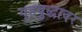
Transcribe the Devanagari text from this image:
गृहयुद्धावर